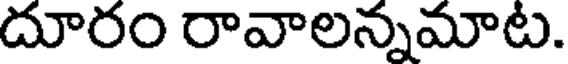
దూరం రావాలన్నమాట.